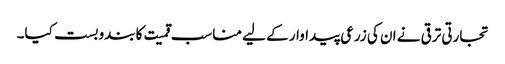
تجارتی ترقی نے ان کی زرعی پیداوار کے لیے مناسب قمیت کا بندوبست کیا۔